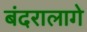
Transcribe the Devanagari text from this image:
बंदरालागे